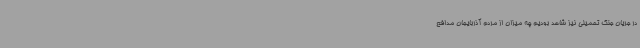
در جریان جنگ تحمیلی نیز شاهد بودیم چه میزان از مردم آذربایجان مدافع